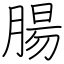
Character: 腸